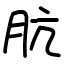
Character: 肮